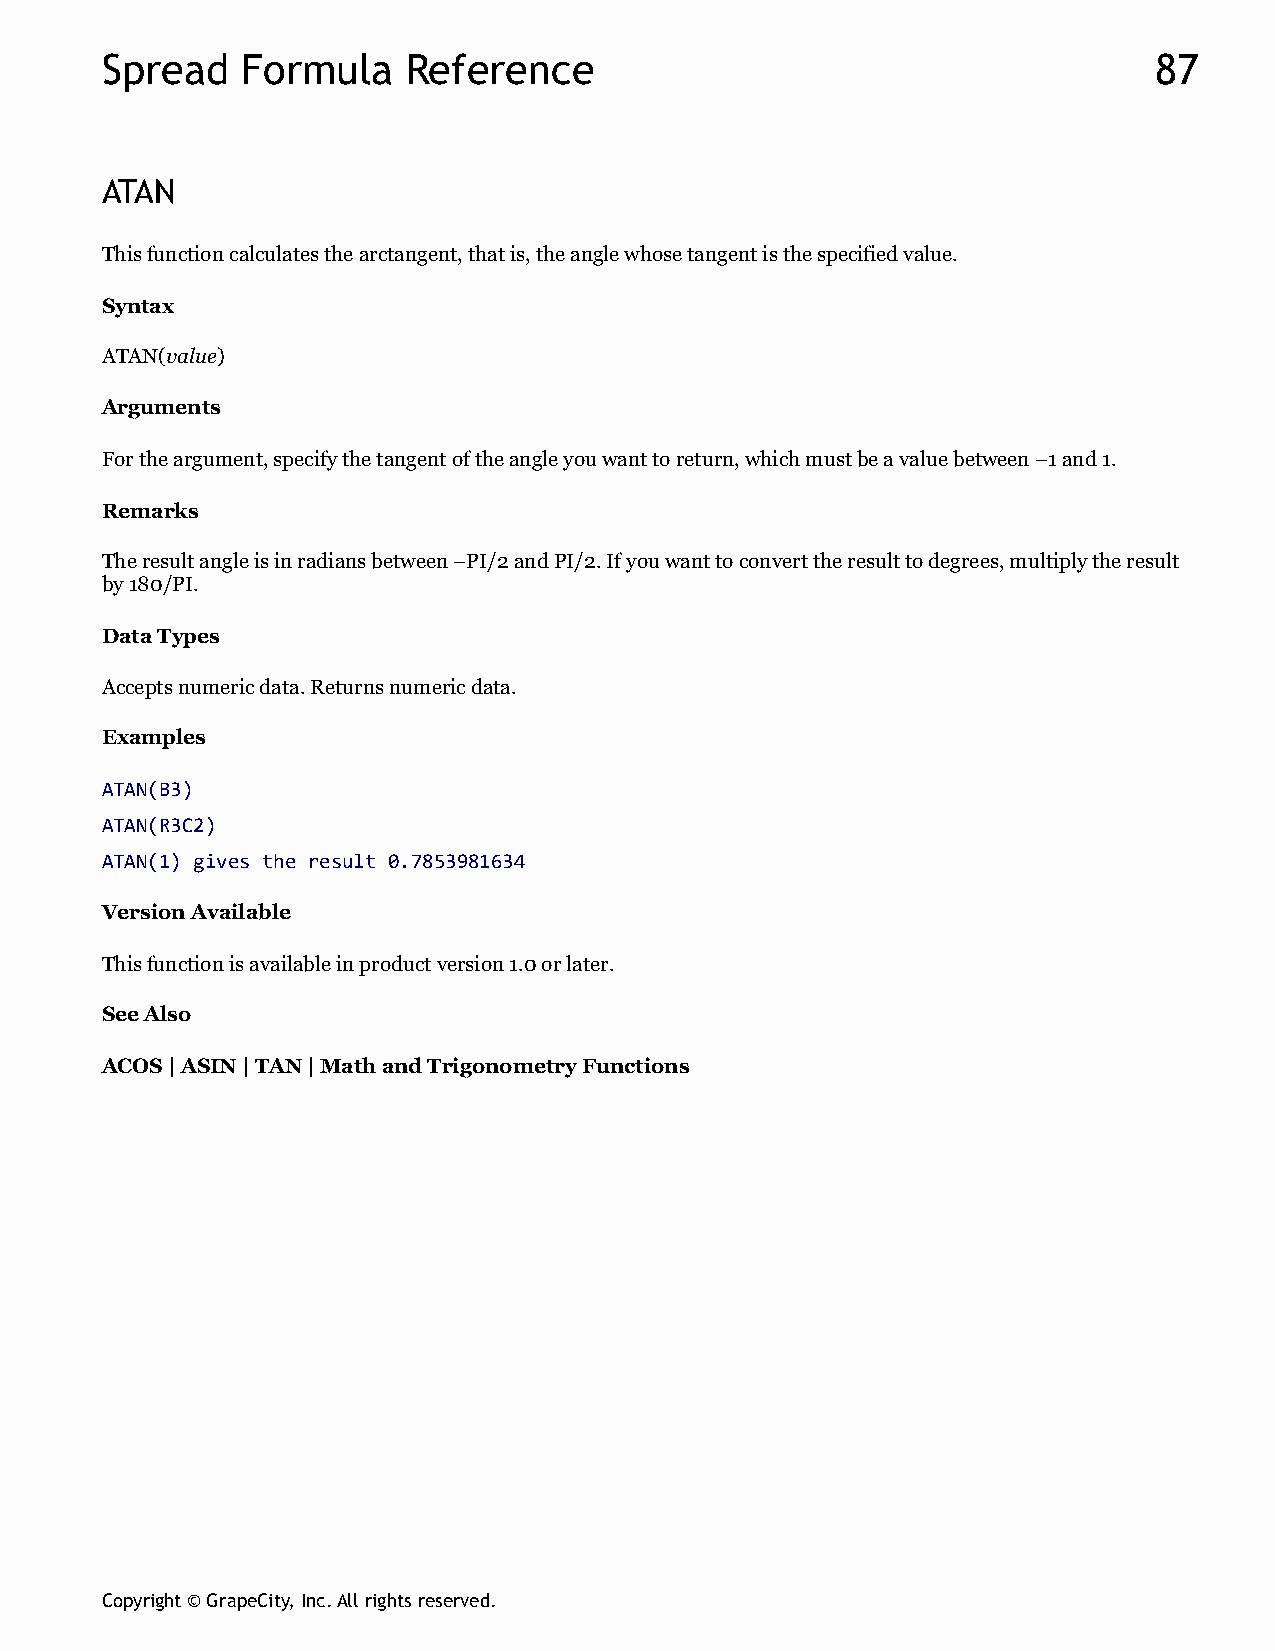
Spread   Formula    Reference                                        87
 ATAN
 This function calculates the arctangent, that is, the angle whose tangent is the specified value.
 Syntax
 ATAN(value)
 Arguments
 For the argument, specify the tangent of the angle you want to return, which must be a value between –1 and 1.
 Remarks
 The result angle is in radians between –PI/2 and PI/2. If you want to convert the result to degrees, multiply the result
 by 180/PI.
 Data Types
 Accepts numeric data. Returns numeric data.
 Examples
 ATAN(B3)
 ATAN(R3C2)
 ATAN(1) gives the result 0.7853981634
 Version Available
 This function is available in product version 1.0 or later.
 See Also
 ACOS | ASIN | TAN | Math and Trigonometry Functions
 Copyright © GrapeCity, Inc. All rights reserved.